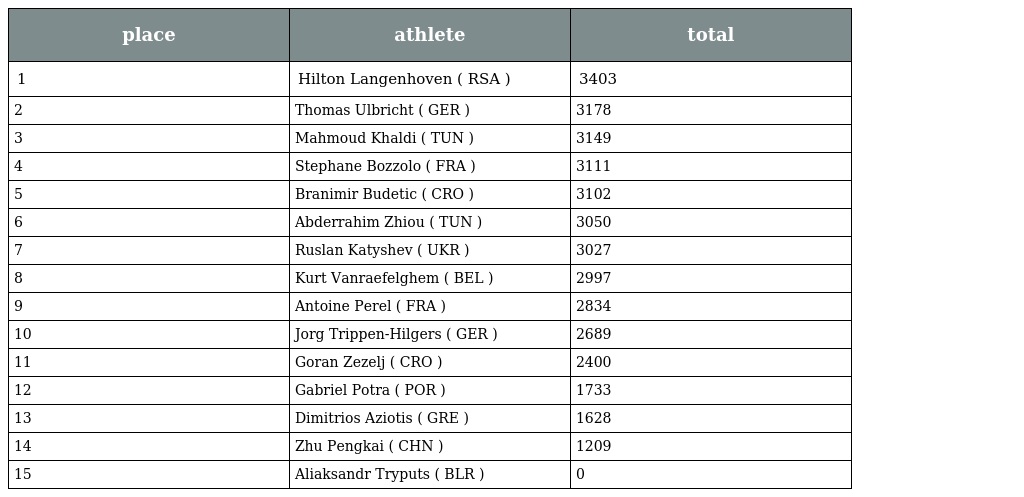
| place | athlete | total |
 | --- | --- | --- |
 | 1 | Hilton Langenhoven ( RSA ) | 3403 |
 | 2 | Thomas Ulbricht ( GER ) | 3178 |
 | 3 | Mahmoud Khaldi ( TUN ) | 3149 |
 | 4 | Stephane Bozzolo ( FRA ) | 3111 |
 | 5 | Branimir Budetic ( CRO ) | 3102 |
 | 6 | Abderrahim Zhiou ( TUN ) | 3050 |
 | 7 | Ruslan Katyshev ( UKR ) | 3027 |
 | 8 | Kurt Vanraefelghem ( BEL ) | 2997 |
 | 9 | Antoine Perel ( FRA ) | 2834 |
 | 10 | Jorg Trippen-Hilgers ( GER ) | 2689 |
 | 11 | Goran Zezelj ( CRO ) | 2400 |
 | 12 | Gabriel Potra ( POR ) | 1733 |
 | 13 | Dimitrios Aziotis ( GRE ) | 1628 |
 | 14 | Zhu Pengkai ( CHN ) | 1209 |
 | 15 | Aliaksandr Tryputs ( BLR ) | 0 |